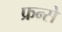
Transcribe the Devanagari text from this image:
फ्रन्से